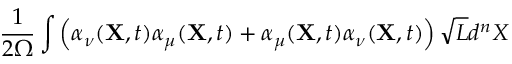
\frac { 1 } { 2 \Omega } \int \left( \alpha _ { \nu } ( { \bf X } , t ) \alpha _ { \mu } ( { \bf X } , t ) + \alpha _ { \mu } ( { \bf X } , t ) \alpha _ { \nu } ( { \bf X } , t ) \right) \sqrt { L } d ^ { n } X